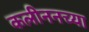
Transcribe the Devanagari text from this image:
कलीननच्या